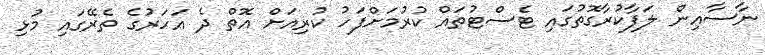
ނާސާއިން ލަފާކުރާގޮތުގައި ޓެސްޓުތައް ކުރުމަށްފަހު ކުރިއަށް އޮތް ދެ އަހަރުގެ ތެރޭގައި މުޅި